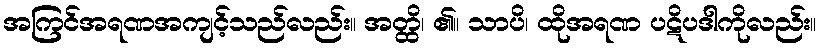
အကြင်အရဏအကျင့်သည်လည်း။ အတ္ထိ၊ ၏။ သာပိ၊ ထိုအရဏ ပဋိပဒါကိုလည်း။